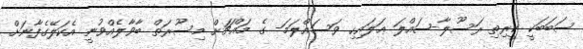
ސަބަބަކީ ކީރިތި ރަސޫލާ-ޞައްލަ ޢަލައިހި ވަސައްލަމަ- ގެ މައްޗަށް މިސޫރަތް ބާވާލެއްވުނީ އެކަލޭގެފާނަށް